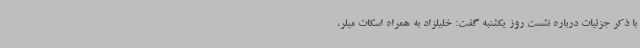
با ذکر جزئیات درباره نشست روز یکشنبه گفت: خلیلزاد به همراه اسکات میلر،